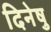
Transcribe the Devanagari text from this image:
दिनेषु